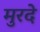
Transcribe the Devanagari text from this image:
मुरदे